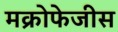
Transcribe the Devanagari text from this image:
मक्रोफेजीस